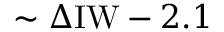
\sim \Delta \mathrm { I W } - 2 . 1